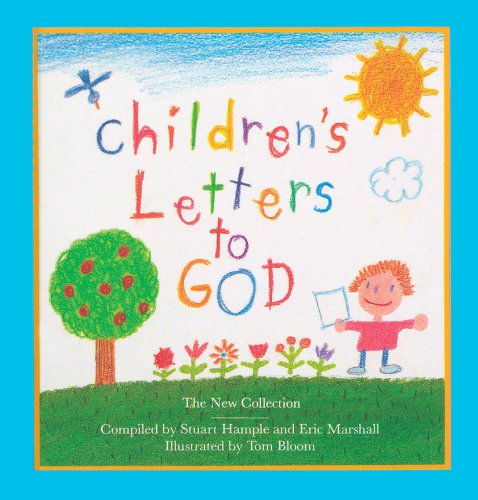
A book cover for Children's Letters to God; Stuart Hample; Children's Books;